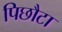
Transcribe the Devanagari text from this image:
पिछौटा